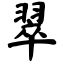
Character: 翠